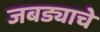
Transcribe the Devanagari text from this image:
जबड्याचे